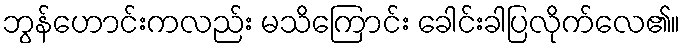
ဘွန်ဟောင်းကလည်း မသိကြောင်း ခေါင်းခါပြလိုက်လေ၏။